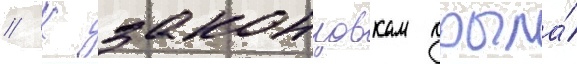
// К законцовкам крыла́